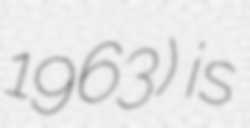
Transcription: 1963) is